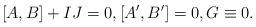
LaTeX: \begin{align*}[A,B]+IJ =0,[A',B']=0,G\equiv 0. \end{align*}